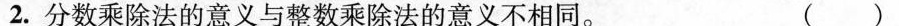
2.分数乘除法的意义与整数乘除法的意义不相同。（ ）